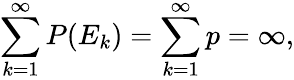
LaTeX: \sum_{k=1}^{\infty}P(E_{k})=\sum_{k=1}^{\infty}p=\infty,